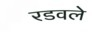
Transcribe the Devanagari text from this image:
रडवले